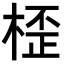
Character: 𣖍